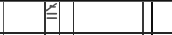
١